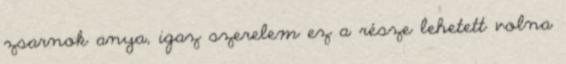
zsarnok anya, igaz szerelem ez a része lehetett volna